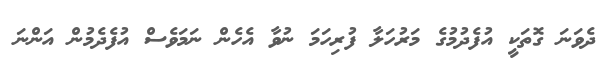
ދެވަނަ ގޮތަކީ އުފެދުމުގެ މަރުހަލާ ފުރިހަމަ ނުވާ އެހެން ނަމަވެސް އުފެދެމުން އަންނަ